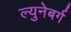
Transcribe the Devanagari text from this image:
ल्युनेबर्ग